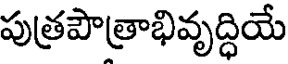
పుత్రపౌత్రాభివృద్ధియే